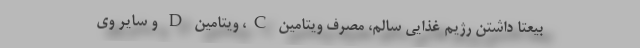
بیعتاً داشتن رژیم غذایی سالم، مصرف ویتامین C، ویتامین D و سایر وی